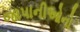
જાપાનીઓનો